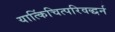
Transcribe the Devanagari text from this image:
यात्किंचित्परिवद्धर्न